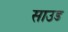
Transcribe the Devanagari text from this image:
साउड